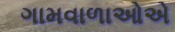
ગામવાળાઓએ